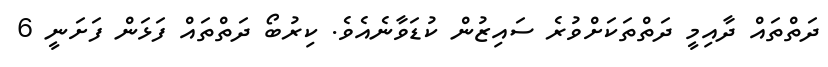
ދަތްތައް ދާއިމީ ދަތްތަކަށްވުރެ ސައިޒުން ކުޑަވާނެއެވެ. ކިރުބޯ ދަތްތައް ފަޅަން ފަށަނީ 6